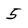
Character: 5